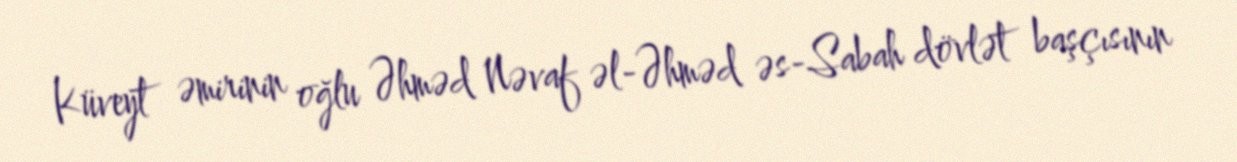
Küveyt əmirinin oğlu Əhməd Nəvaf əl-Əhməd əs-Sabah dövlət başçısının